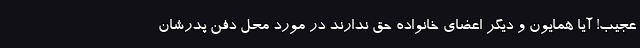
عجیب! آیا همایون و دیگر اعضای خانواده حق ندارند در مورد محل دفن پدرشان